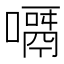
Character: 𠿎